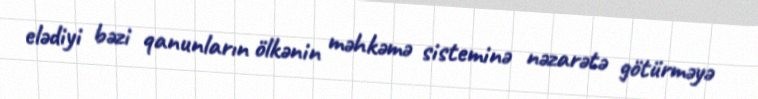
elədiyi bəzi qanunların ölkənin məhkəmə sisteminə nəzarətə götürməyə